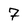
Character: 7